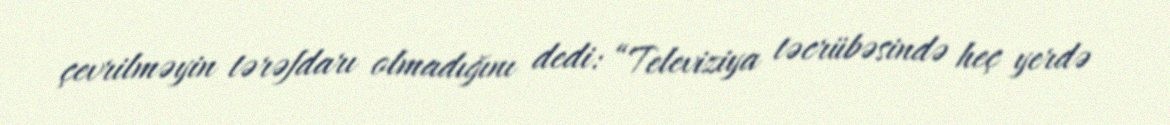
çevrilməyin tərəfdarı olmadığını dedi: “Televiziya təcrübəsində heç yerdə